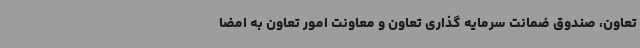
تعاون، صندوق ضمانت سرمایه گذاری تعاون و معاونت امور تعاون به امضا